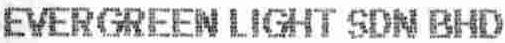
EVERGREEN LIGHT SDN BHD